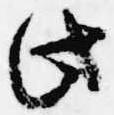
此